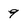
Character: 9